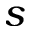
s